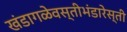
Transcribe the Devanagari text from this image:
खंडागळेवस्तीभंडारेस्ती